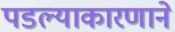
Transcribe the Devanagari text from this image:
पडल्याकारणाने